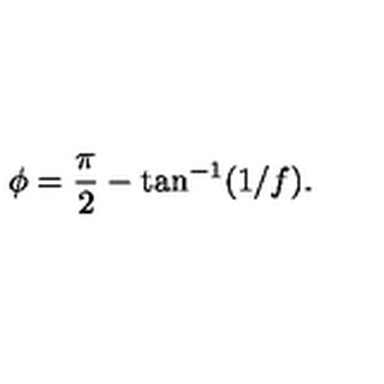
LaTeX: { \cal \phi } = \frac { \pi } { 2 } - \tan ^ { - 1 } ( 1 / f ) .